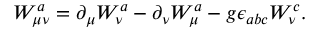
W _ { \mu \nu } ^ { a } = \partial _ { \mu } W _ { \nu } ^ { a } - \partial _ { \nu } W _ { \mu } ^ { a } - g \epsilon _ { a b c } W _ { \nu } ^ { c } .